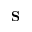
\mathbf { S }